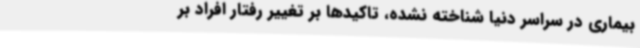
بیماری در سراسر دنیا شناخته نشده، تاکیدها بر تغییر رفتار افراد بر